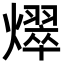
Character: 𪺀